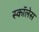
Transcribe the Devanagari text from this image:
स्कॉलेस